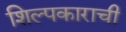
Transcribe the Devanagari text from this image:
शिल्पकाराची